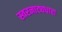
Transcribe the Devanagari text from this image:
स्वरनाट्यधारा